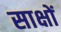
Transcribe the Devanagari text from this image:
साक्षों